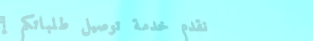
نقدم خدمة توصيل طلباتكم إ